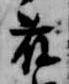
藤